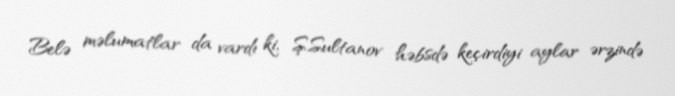
Belə məlumatlar da vardı ki, Ş.Sultanov həbsdə keçirdiyi aylar ərzində